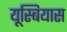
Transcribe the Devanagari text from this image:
यूस्बियास